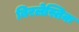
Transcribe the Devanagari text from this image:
बिरलेस्तिक